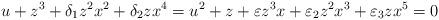
LaTeX: \begin{align*}u + z^3 + \delta_1 z^2 x^2 + \delta_2 z x^4 = u^2 + z + \varepsilon z^3 x + \varepsilon_2 z^2 x^3 + \varepsilon_3 z x^5 = 0\end{align*}